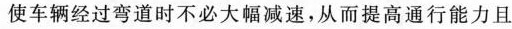
使车辆经过弯道时不必大幅减速，从而提高通行能力且